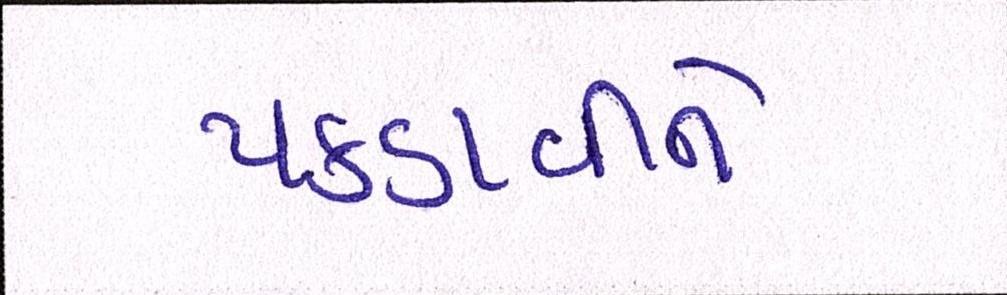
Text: પકડાવીને